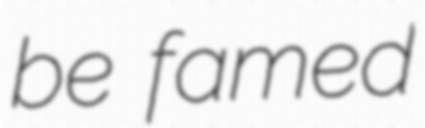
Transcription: be famed